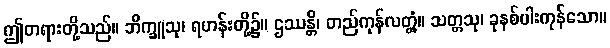
ဤတရားတို့သည်။ ဘိက္ခူသု၊ ရဟန်းတို့၌။ ဌဿန္တိ၊ တည်ကုန်လတ္တံ့။ သတ္တသု၊ ခုနစ်ပါးကုန်သော။